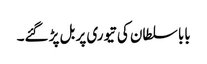
بابا سلطان کی تیوری پر بل پڑ گئے۔